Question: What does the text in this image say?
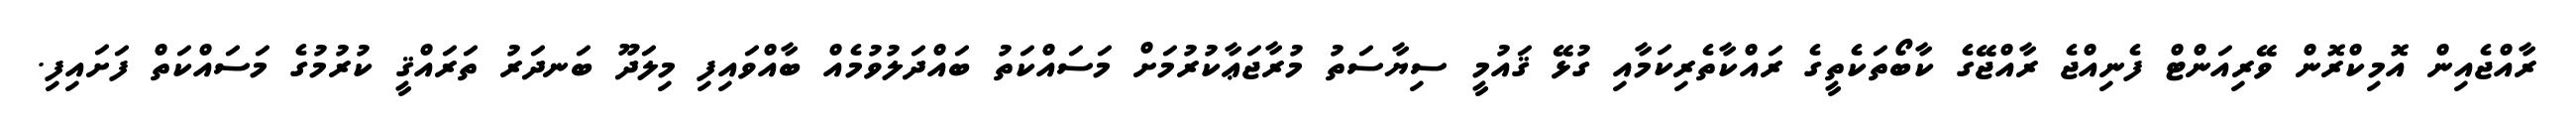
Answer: ރާއްޖެއިން އޮމިކްރޮން ވޭރިއަންޓް ފެނިއްޖެ ރާއްޖޭގެ ކާބޯތަކެތީގެ ރައްކާތެރިކަމާއި ގުޅޭ ޤައުމީ ސިޔާސަތު މުރާޖަޢާކުރުމަށް މަސައްކަތު ބައްދަލުވުމެއް ބާއްވައިފި މިލަދޫ ބަނދަރު ތަރައްޤީ ކުރުމުގެ މަސައްކަތް ފަށައިފި.